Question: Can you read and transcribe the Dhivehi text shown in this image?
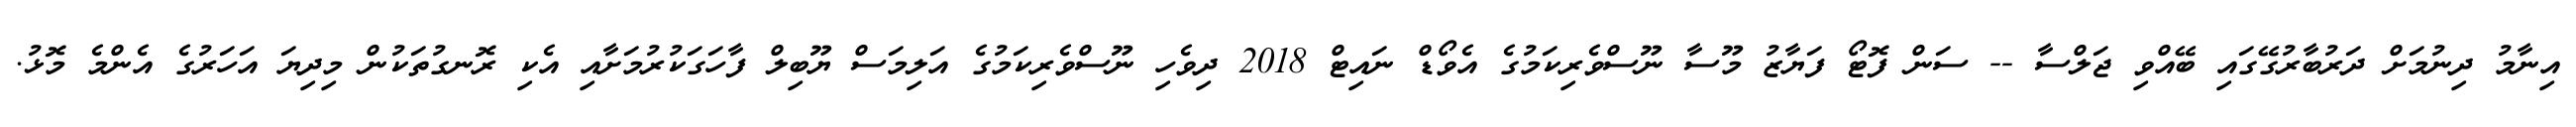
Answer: އިނާމު ދިނުމަށް ދަރުބާރުގޭގައި ބޭއްވި ޖަލްސާ -- ސަން ފޮޓޯ ފަޔާޒު މޫސާ ނޫސްވެރިކަމުގެ އެވޯޑް ނައިޓް 2018 ދިވެހި ނޫސްވެރިކަމުގެ އަލިމަސް ޔޫބިލް ފާހަގަކުރުމަށާއި އެކި ރޮނގުތަކުން މިދިޔަ އަހަރުގެ އެންމެ މޮޅު.